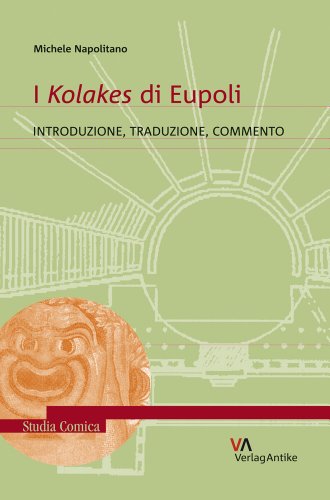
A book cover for I Kolakes di Eupoli: Introduzione, traduzione, commento (Studia Comica) (Italian Edition); Michele Napolitano; Literature & Fiction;